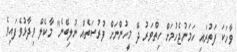
ވާހަކަ ފަތުރައި ހަމަނުޖެހުމަށް ހިތްވަރު ދޭ މީހުންނަށް ފުރުސަތެއް ނުލިބޭނެ" މާކެލް ވިދާޅުވެފައިވެ